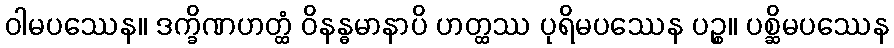
ဝါမပဿေန။ ဒက္ခိဏဟတ္ထံ ဝိနန္ဓမာနာပိ ဟတ္ထဿ ပုရိမပဿေန ပဉ္စ။ ပစ္ဆိမပဿေန